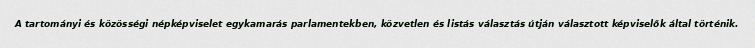
A tartományi és közösségi népképviselet egykamarás parlamentekben, közvetlen és listás választás útján választott képviselők által történik.